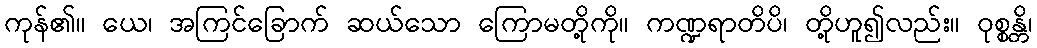
ကုန်၏။ ယေ၊ အကြင်ခြောက် ဆယ်သော ကြောမတို့ကို။ ကဏ္ဍရာတိပိ၊ တို့ဟူ၍လည်း။ ဝုစ္စန္တိ၊